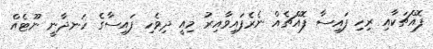
ފޮއްޗަކާއި ރިހި ފައިސާ ފޮއްޗެއް ނެރެފައިވާއިރު މިއީ ދިވެހި ފައިސާގެ ހަނދާނީ ނޫޓެއް